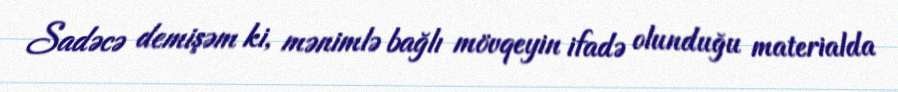
Sadəcə demişəm ki, mənimlə bağlı mövqeyin ifadə olunduğu materialda